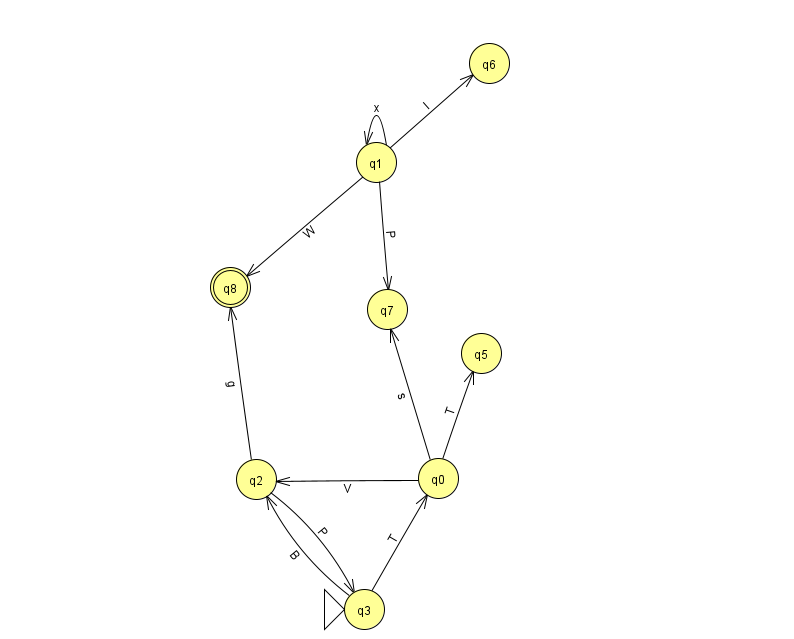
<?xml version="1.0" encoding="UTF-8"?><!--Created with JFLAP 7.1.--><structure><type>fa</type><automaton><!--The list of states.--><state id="0" name="q0"><x>438.0</x><y>465.0</y></state><state id="1" name="q1"><x>376.0</x><y>149.0</y></state><state id="2" name="q2"><x>256.0</x><y>466.0</y></state><state id="3" name="q3"><x>364.0</x><y>596.0</y><initial/></state><state id="5" name="q5"><x>481.0</x><y>340.0</y></state><state id="6" name="q6"><x>489.0</x><y>50.0</y></state><state id="7" name="q7"><x>387.0</x><y>296.0</y></state><state id="8" name="q8"><x>230.0</x><y>274.0</y><final/></state><!--The list of transitions.--><transition><from>0</from><to>7</to><read>s</read></transition><transition><from>3</from><to>0</to><read>T</read></transition><transition><from>0</from><to>5</to><read>T</read></transition><transition><from>2</from><to>8</to><read>g</read></transition><transition><from>1</from><to>8</to><read>W</read></transition><transition><from>1</from><to>1</to><read>x</read></transition><transition><from>2</from><to>3</to><read>P</read></transition><transition><from>0</from><to>2</to><read>V</read></transition><transition><from>3</from><to>2</to><read>B</read></transition><transition><from>1</from><to>6</to><read>I</read></transition><transition><from>1</from><to>7</to><read>P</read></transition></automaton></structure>